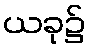
ယခု၌